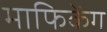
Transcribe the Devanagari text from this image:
माफिकेंग